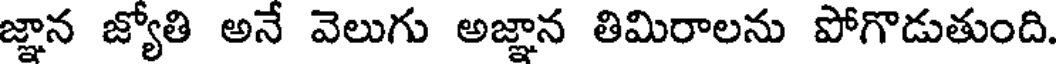
జ్ఞాన జ్యోతి అనే వెలుగు అజ్ఞాన తిమిరాలను పోగొడుతుంది.